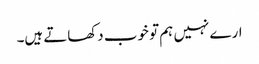
ارے نہیں ہم تو خوب دکھاتے ہیں۔